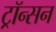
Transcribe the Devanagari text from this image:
ट्रॉन्सन